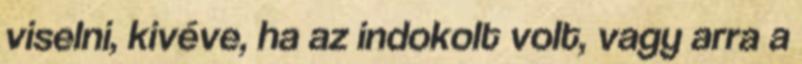
viselni, kivéve, ha az indokolt volt, vagy arra a